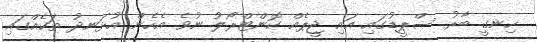
ހިނގީ ބާރު ސްޕީޑުގައި އައި ޖީޕެއް ކޮންޓްރޯލު ނުވެ އެހެން އުޅަނދު ތަކެއްގައި